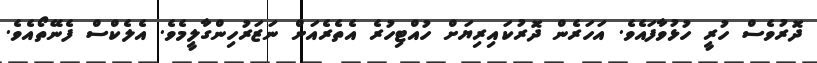
ދޮރުވެސް ހުރީ ހުޅުވާފައެވެ. އަހަރެން ދޮރުކައިރިޔަށް ހުއްޓިހުރެ އެތެރެއަށް ނަޒަރުހިންގާލީމެވެ. އެލެކްސް ފެނޭތޯއެވެ.